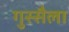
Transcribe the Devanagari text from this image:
गुस्सैला